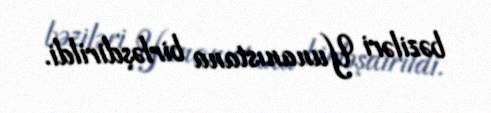
bəziləri Yunanıstana birləşdirildi.